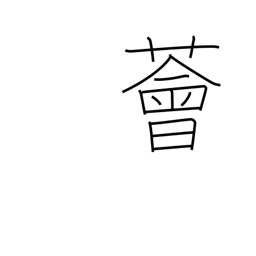
Meaning: luxuriant vegetation